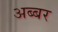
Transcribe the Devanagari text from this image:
अब्बर